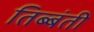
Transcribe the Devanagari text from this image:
तिब्बंती